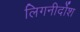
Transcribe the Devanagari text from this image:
लिगनीर्दोश